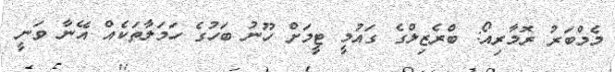
މެމްބަރު ރޮމާރިއޯ: ބްރެޒިލްގެ ގައުމީ ޓީމަށް ހޫނު ބަހުގެ ހަމަލާތަކެއް އޭނާ ވަނީ